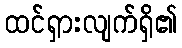
ထင်ရှားလျက်ရှိ၏